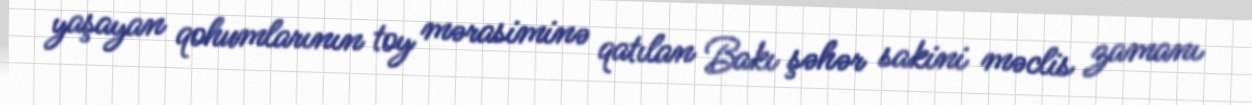
yaşayan qohumlarının toy mərasiminə qatılan Bakı şəhər sakini məclis zamanı